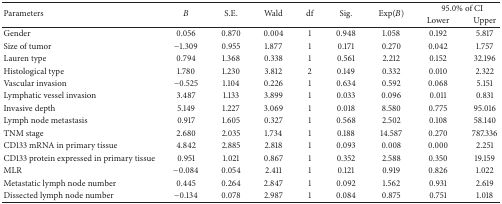
<table><thead><tr><td rowspan="2"><b>Parameters</b></td><td rowspan="2"><b><i>B</i></b></td><td rowspan="2"><b>S.E.</b></td><td rowspan="2"><b>Wald</b></td><td rowspan="2"><b>df</b></td><td rowspan="2"><b>Sig.</b></td><td rowspan="2"><b>Exp(B)</b></td><td colspan="2"><b>95.0% of CI</b></td></tr><tr><td><b>Lower </b></td><td><b>Upper </b></td></tr></thead><tbody><tr><td>Gender</td><td>0.056</td><td>0.870</td><td>0.004</td><td>1</td><td>0.948</td><td>1.058</td><td>0.192</td><td>5.817</td></tr><tr><td>Size of tumor</td><td>−1.309</td><td>0.955</td><td>1.877</td><td>1</td><td>0.171</td><td>0.270</td><td>0.042</td><td>1.757</td></tr><tr><td>Lauren type</td><td>0.794</td><td>1.368</td><td>0.338</td><td>1</td><td>0.561</td><td>2.212</td><td>0.152</td><td>32.196</td></tr><tr><td>Histological type</td><td>1.780</td><td>1.230</td><td>3.812</td><td>2</td><td>0.149</td><td>0.332</td><td>0.010</td><td>2.322</td></tr><tr><td>Vascular invasion</td><td>−0.525</td><td>1.104</td><td>0.226</td><td>1</td><td>0.634</td><td>0.592</td><td>0.068</td><td>5.151</td></tr><tr><td>Lymphatic vessel invasion</td><td>3.487</td><td>1.133</td><td>3.899</td><td>1</td><td>0.033</td><td>0.096</td><td>0.011</td><td>0.831</td></tr><tr><td>Invasive depth</td><td>5.149</td><td>1.227</td><td>3.069</td><td>1</td><td>0.018</td><td>8.580</td><td>0.775</td><td>95.016</td></tr><tr><td>Lymph node metastasis</td><td>0.917</td><td>1.605</td><td>0.327</td><td>1</td><td>0.568</td><td>2.502</td><td>0.108</td><td>58.140</td></tr><tr><td>TNM stage</td><td>2.680</td><td>2.035</td><td>1.734</td><td>1</td><td>0.188</td><td>14.587</td><td>0.270</td><td>787.336</td></tr><tr><td>CD133 mRNA in primary tissue</td><td>4.842</td><td>2.885</td><td>2.818</td><td>1</td><td>0.093</td><td>0.008</td><td>0.000</td><td>2.251</td></tr><tr><td>CD133 protein expressed in primary tissue</td><td>0.951</td><td>1.021</td><td>0.867</td><td>1</td><td>0.352</td><td>2.588</td><td>0.350</td><td>19.159</td></tr><tr><td>MLR</td><td>−0.084</td><td>0.054</td><td>2.411</td><td>1</td><td>0.121</td><td>0.919</td><td>0.826</td><td>1.022</td></tr><tr><td>Metastatic lymph node number</td><td>0.445</td><td>0.264</td><td>2.847</td><td>1</td><td>0.092</td><td>1.562</td><td>0.931</td><td>2.619</td></tr><tr><td>Dissected lymph node number</td><td>−0.134</td><td>0.078</td><td>2.987</td><td>1</td><td>0.084</td><td>0.875</td><td>0.751</td><td>1.018</td></tr></tbody></table>